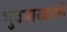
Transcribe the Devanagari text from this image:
भुवयाखाली